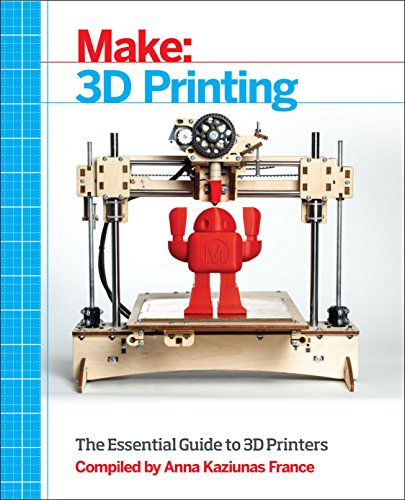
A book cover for Make: 3D Printing: The Essential Guide to 3D Printers; Computers & Technology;